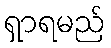
ရှာရမည်